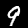
Digit: 9